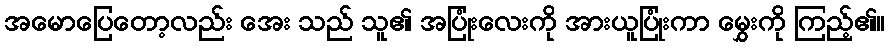
အမောပြေတော့လည်း အေး သည် သူ၏ အပြုံးလေးကို အားယူပြုံးကာ မွှေးကို ကြည့်၏။